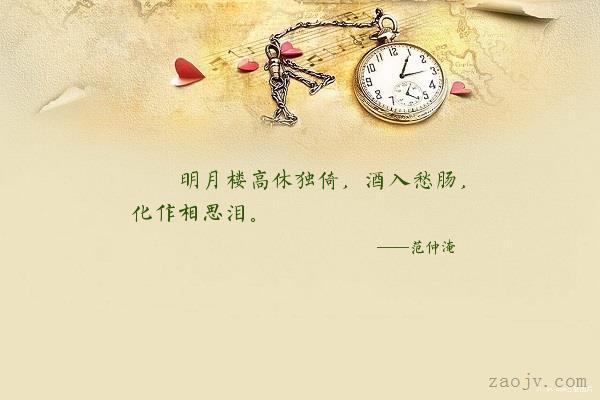
明月楼高休独倚。酒入愁肠，化作相思泪。